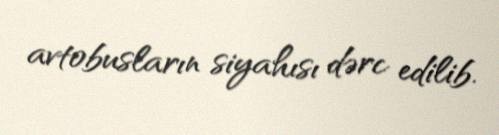
avtobusların siyahısı dərc edilib.